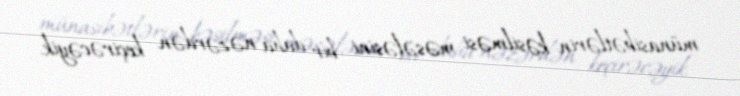
münasibətlərin kəsilməsi məsələsini bir daha nəzərdən keçirəcəyik.